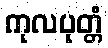
ကုလပုတ္တံ